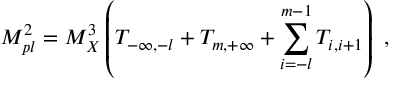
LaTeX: M _ { p l } ^ { 2 } = M _ { X } ^ { 3 } \left( T _ { - \infty , - l } + T _ { m , + \infty } + \sum _ { i = - l } ^ { m - 1 } T _ { i , i + 1 } \right) ~ , ~ \,